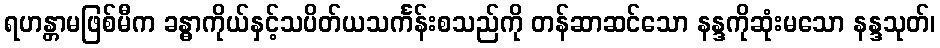
ရဟန္တာမဖြစ်မီက ခန္ဓာကိုယ်နှင့်သပိတ်ယသင်္ကန်းစသည်ကို တန်ဆာဆင်သော နန္ဒကိုဆုံးမသော နန္ဒသုတ်၊